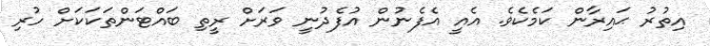
އިތުރު ޙައިރާން ކަމެކެވެ. އެއީ އެފެނުން އުފެދުނީ ވަރަށް ރީތި ބައްޓަންތަކަކަށް ހުރި